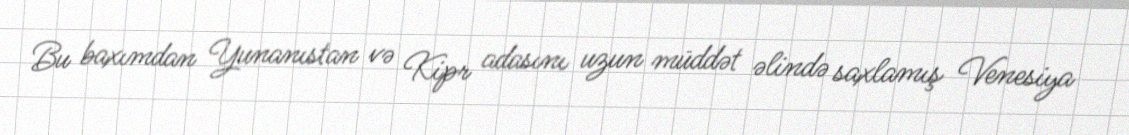
Bu baxımdan Yunanıstan və Kipr adasını uzun müddət əlində saxlamış Venesiya